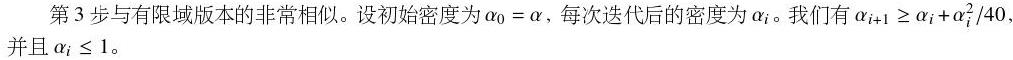
第3步与有限域版本的非常相似。设初始密度为$\alpha_0 = \alpha$，每次迭代后的密度为$\alpha_i$。我们有$\alpha_{i+1} \geq \alpha_i + \alpha_i^2/40$并且$\alpha_i \leq 1$。